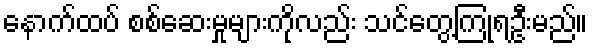
နောက်ထပ် စစ်ဆေးမှုများကိုလည်း သင်တွေ့ကြုံရဦးမည်။